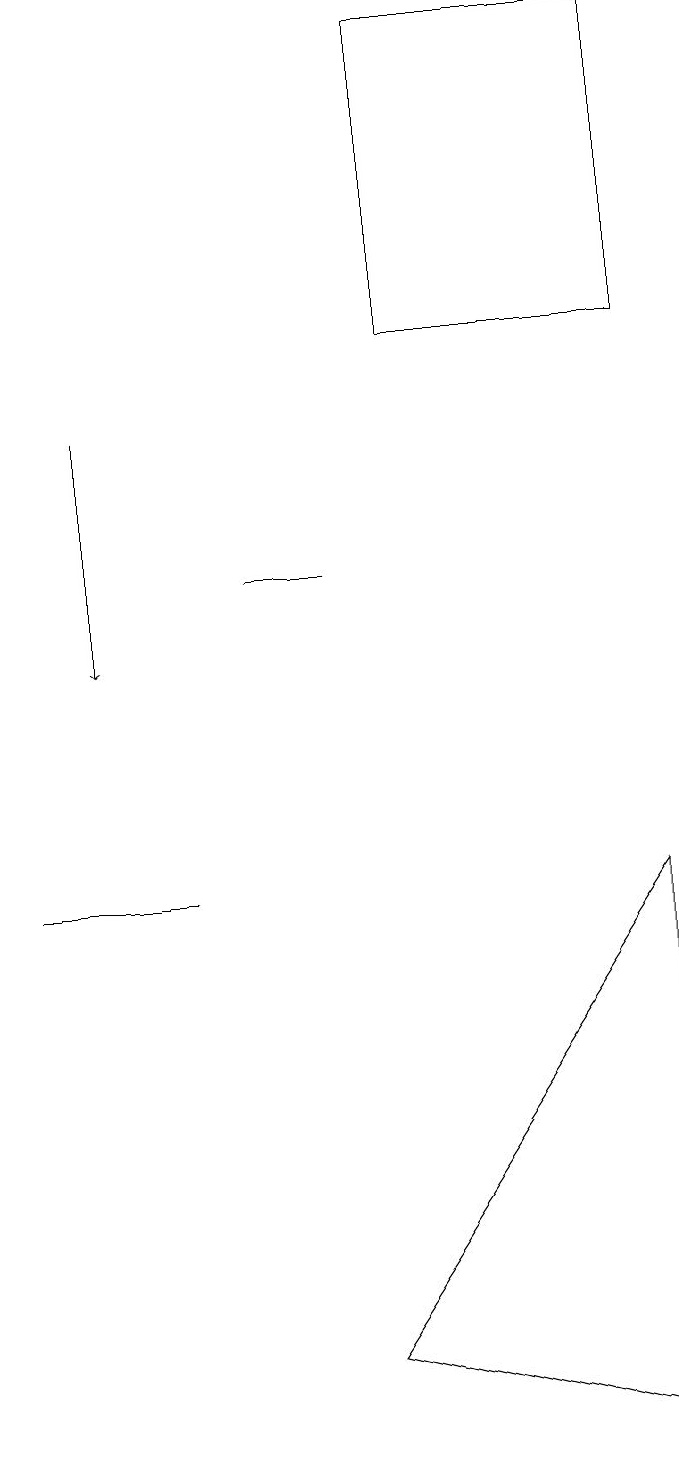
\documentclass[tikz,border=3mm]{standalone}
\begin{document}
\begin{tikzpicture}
\draw (8,19) rectangle (5,15);
\draw[->] (1,14) -- (1,11);
\draw (8,1) -- (4,2) -- (8,8) -- cycle;
\draw (1,8) -- (0,8) -- (2,8) -- cycle;
\draw (3,12) rectangle (4,12);
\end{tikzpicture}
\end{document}